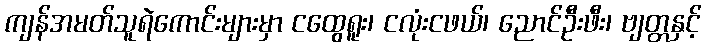
ကျန်အမတ်သူရဲကောင်းများမှာ ငထွေရူး၊ ငလုံးငဖယ်၊ ညောင်ဦးဖီး၊ ဗျတ္တနှင့်